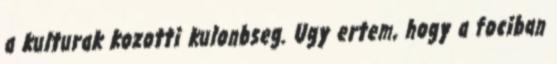
a kulturak kozotti kulonbseg. Ugy ertem, hogy a fociban